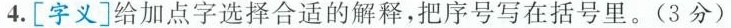
4.[字义]给加点字选择合适的解释，把序号写在括号里。(3分)